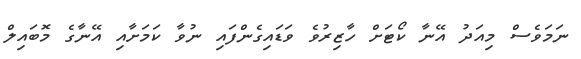
ނަމަވެސް މިއަދު އޭނާ ކޯޓަށް ހާޒިރުވެ ވަޑައިގެންފައި ނުވާ ކަމަށާއި އޭނާގެ މޮބައިލް